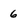
Character: 6